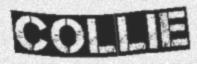
COLLIE